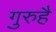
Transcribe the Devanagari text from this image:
गुरुहै